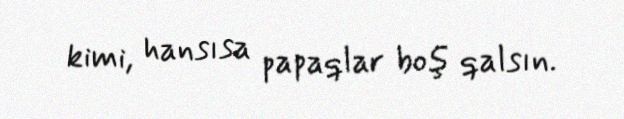
kimi, hansısa papaqlar boş qalsın.